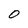
Character: 0